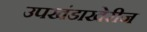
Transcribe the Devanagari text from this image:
उपखंडाखेरीज